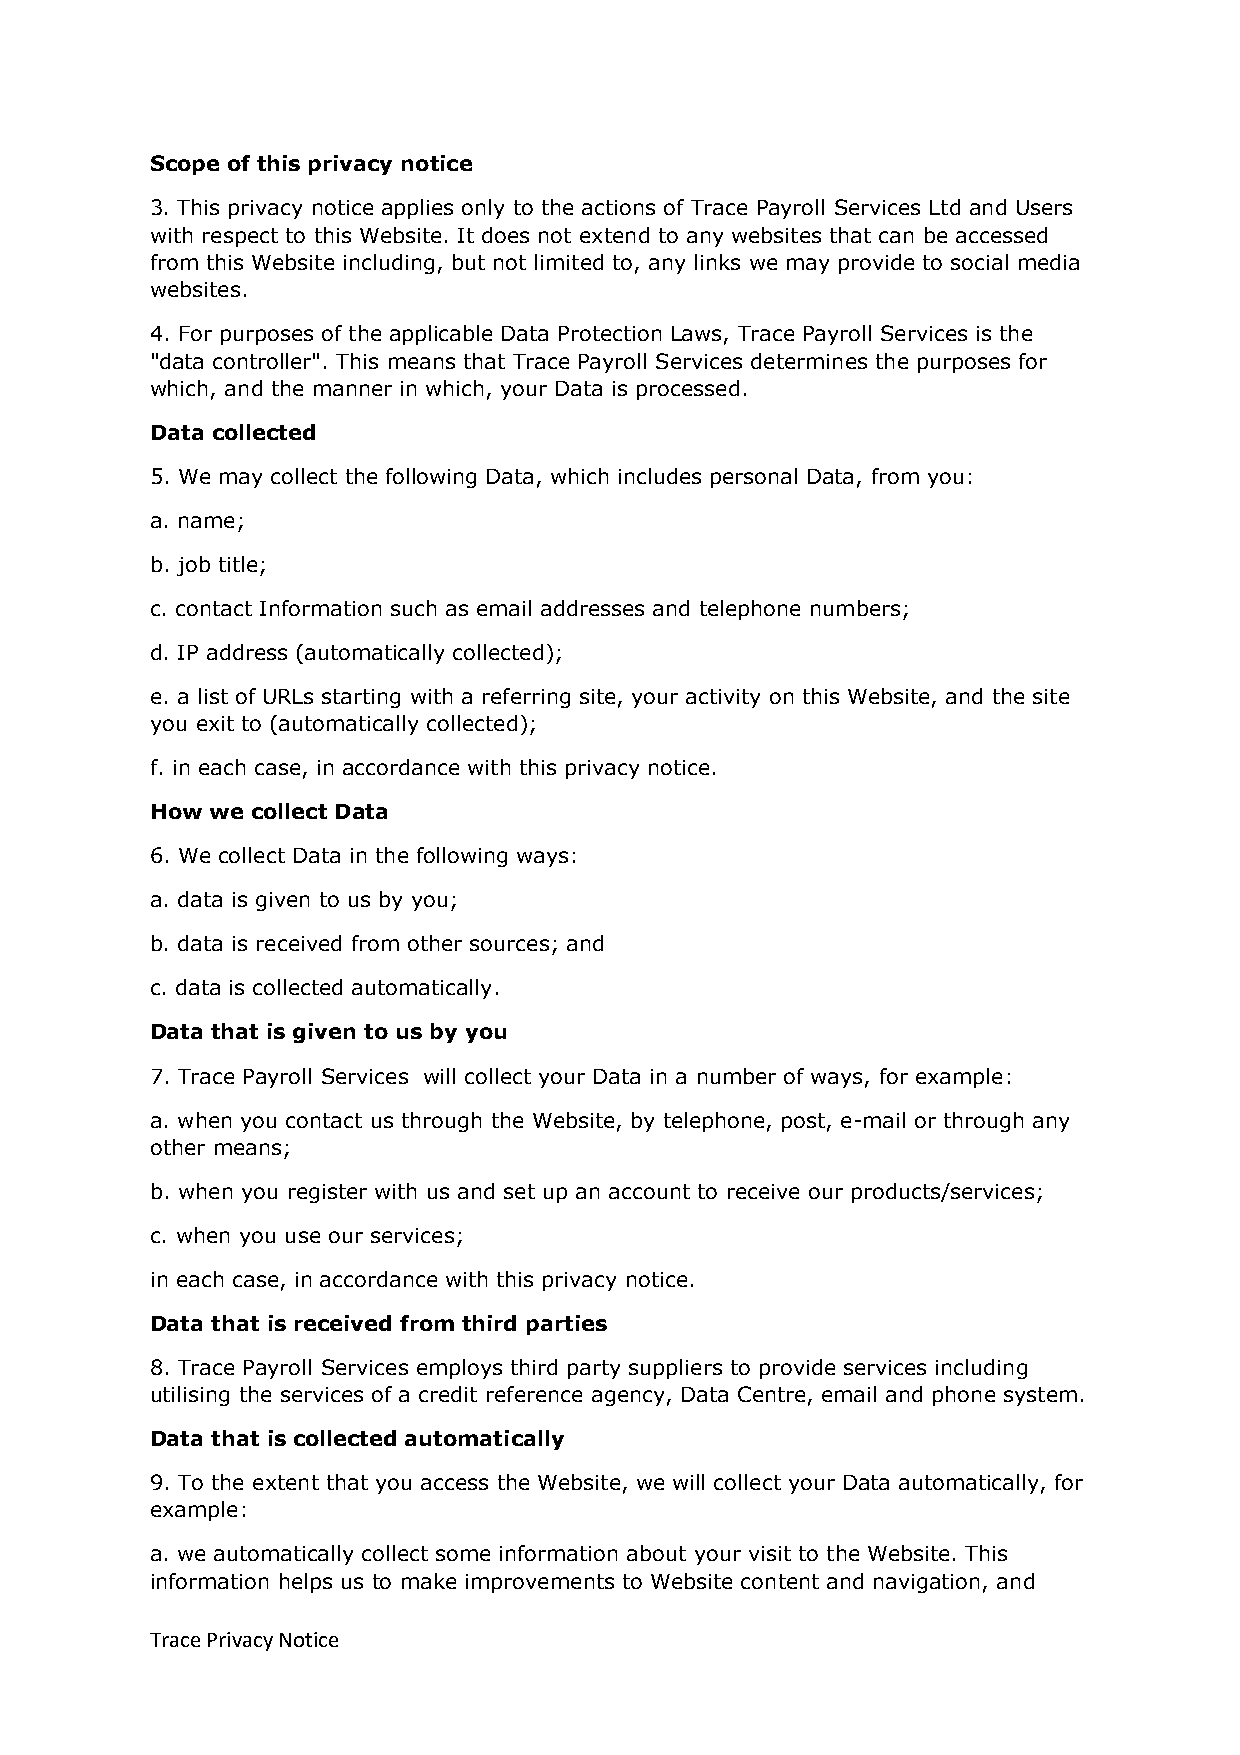
Scope of this privacy notice
 3. This privacy notice applies only to the actions of Trace Payroll Services Ltd and Users
 with respect to this Website. It does not extend to any websites that can be accessed
 from this Website including, but not limited to, any links we may provide to social media
 websites.
 4. For purposes of the applicable Data Protection Laws, Trace Payroll Services is the
 "data controller". This means that Trace Payroll Services determines the purposes for
 which, and the manner in which, your Data is processed.
 Data collected
 5. We may collect the following Data, which includes personal Data, from you:
 a. name;
 b. job title;
 c. contact Information such as email addresses and telephone numbers;
 d. IP address (automatically collected);
 e. a list of URLs starting with a referring site, your activity on this Website, and the site
 you exit to (automatically collected);
 f. in each case, in accordance with this privacy notice.
 How we collect Data
 6. We collect Data in the following ways:
 a. data is given to us by you;
 b. data is received from other sources; and
 c. data is collected automatically.
 Data that is given to us by you
 7. Trace Payroll Services will collect your Data in a number of ways, for example:
 a. when you contact us through the Website, by telephone, post, e-mail or through any
 other means;
 b. when you register with us and set up an account to receive our products/services;
 c. when you use our services;
 in each case, in accordance with this privacy notice.
 Data that is received from third parties
 8. Trace Payroll Services employs third party suppliers to provide services including
 utilising the services of a credit reference agency, Data Centre, email and phone system.
 Data that is collected automatically
 9. To the extent that you access the Website, we will collect your Data automatically, for
 example:
 a. we automatically collect some information about your visit to the Website. This
 information helps us to make improvements to Website content and navigation, and
 Trace Privacy Notice